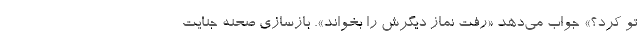
تو کرد؟» جواب می‌دهد «رفت نماز دیگرش را بخواند». بازسازی صحنه جنایت